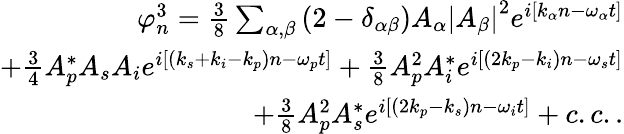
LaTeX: \begin{array}{r}{\varphi_{n}^{3}=\frac{3}{8}\sum_{\alpha,\beta}\left(2-\delta_{\alpha\beta}\right)A_{\alpha}\left|A_{\beta}\right|^{2}e^{i[k_{\alpha}n-\omega_{\alpha}t]}}\\ {+\frac{3}{4}A_{p}^{*}A_{s}A_{i}e^{i[(k_{s}+k_{i}-k_{p})n-\omega_{p}t]}+\frac{3}{8}A_{p}^{2}A_{i}^{*}e^{i[(2k_{p}-k_{i})n-\omega_{s}t]}}\\ {+\frac{3}{8}A_{p}^{2}A_{s}^{*}e^{i[(2k_{p}-k_{s})n-\omega_{i}t]}+c.c..}\end{array}